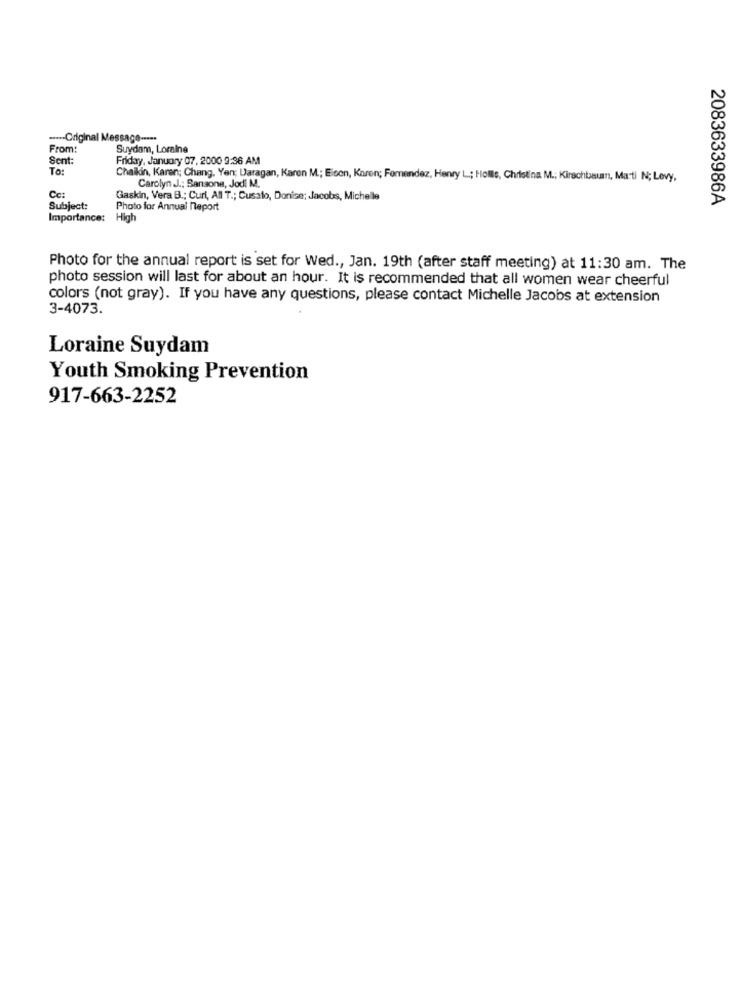
....- Original Message .....
From:
Suydam, Loralne
Sent
Friday, January 07, 2000 9:36 AM
TO:
Chaikin, Karen; Chang, Yan; Daragan, Karen M .; Eisen, Karen; Femendez, Henry L; Hollis, Christina M .; Kirschbaumn, Marti N; Levy,
Carolyn J .; Sansone, Jodi M.
Cc:
Gaskin, Vera B .; Curl, All T .; Cusalo, Donise; Jacobs, Michelle
2083633986A
Subject:
Photo for Annual Report
Importance:
High
Photo for the annual report is set for Wed ., Jan. 19th (after staff meeting) at 11:30 am. The
photo session will last for about an hour. It is recommended that all women wear cheerful
colors (not gray). If you have any questions, please contact Michelle Jacobs at extension
3-4073.
Loraine Suydam
Youth Smoking Prevention
917-663-2252